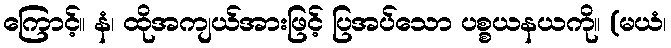
ကြောင့်။ နံ၊ ထိုအကျယ်အားဖြင့် ပြအပ်သော ပစ္စယနယကို။ (မယံ၊